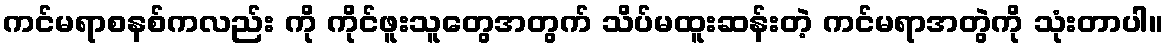
ကင်မရာစနစ်ကလည်း ကို ကိုင်ဖူးသူတွေအတွက် သိပ်မထူးဆန်းတဲ့ ကင်မရာအတွဲကို သုံးတာပါ။